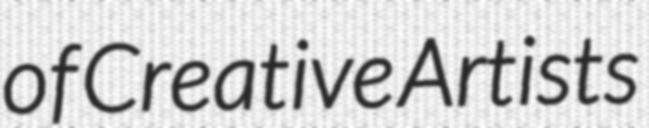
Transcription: of Creative Artists